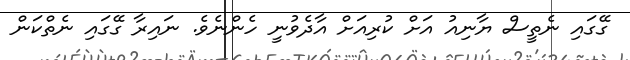
ގޭގައި ނެތީސް ޔާނިއު އަށް ކުރިއަށް އާދެވުނީ ހެންނެވެ. ނައިރާ ގޭގައި ނެތްކަން